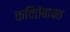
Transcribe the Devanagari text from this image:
कवितेबाबत